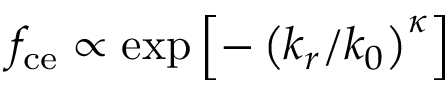
f _ { \mathrm { c e } } \propto \exp { \left[ - \left( k _ { r } / k _ { 0 } \right) ^ { \kappa } \right] }